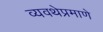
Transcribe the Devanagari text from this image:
व्यवथेप्रमाणे